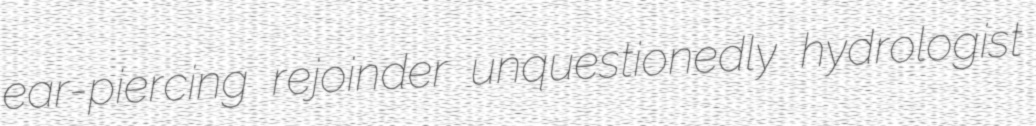
ear-piercing rejoinder unquestionedly hydrologist